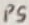
Text: P5